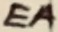
Text: EA